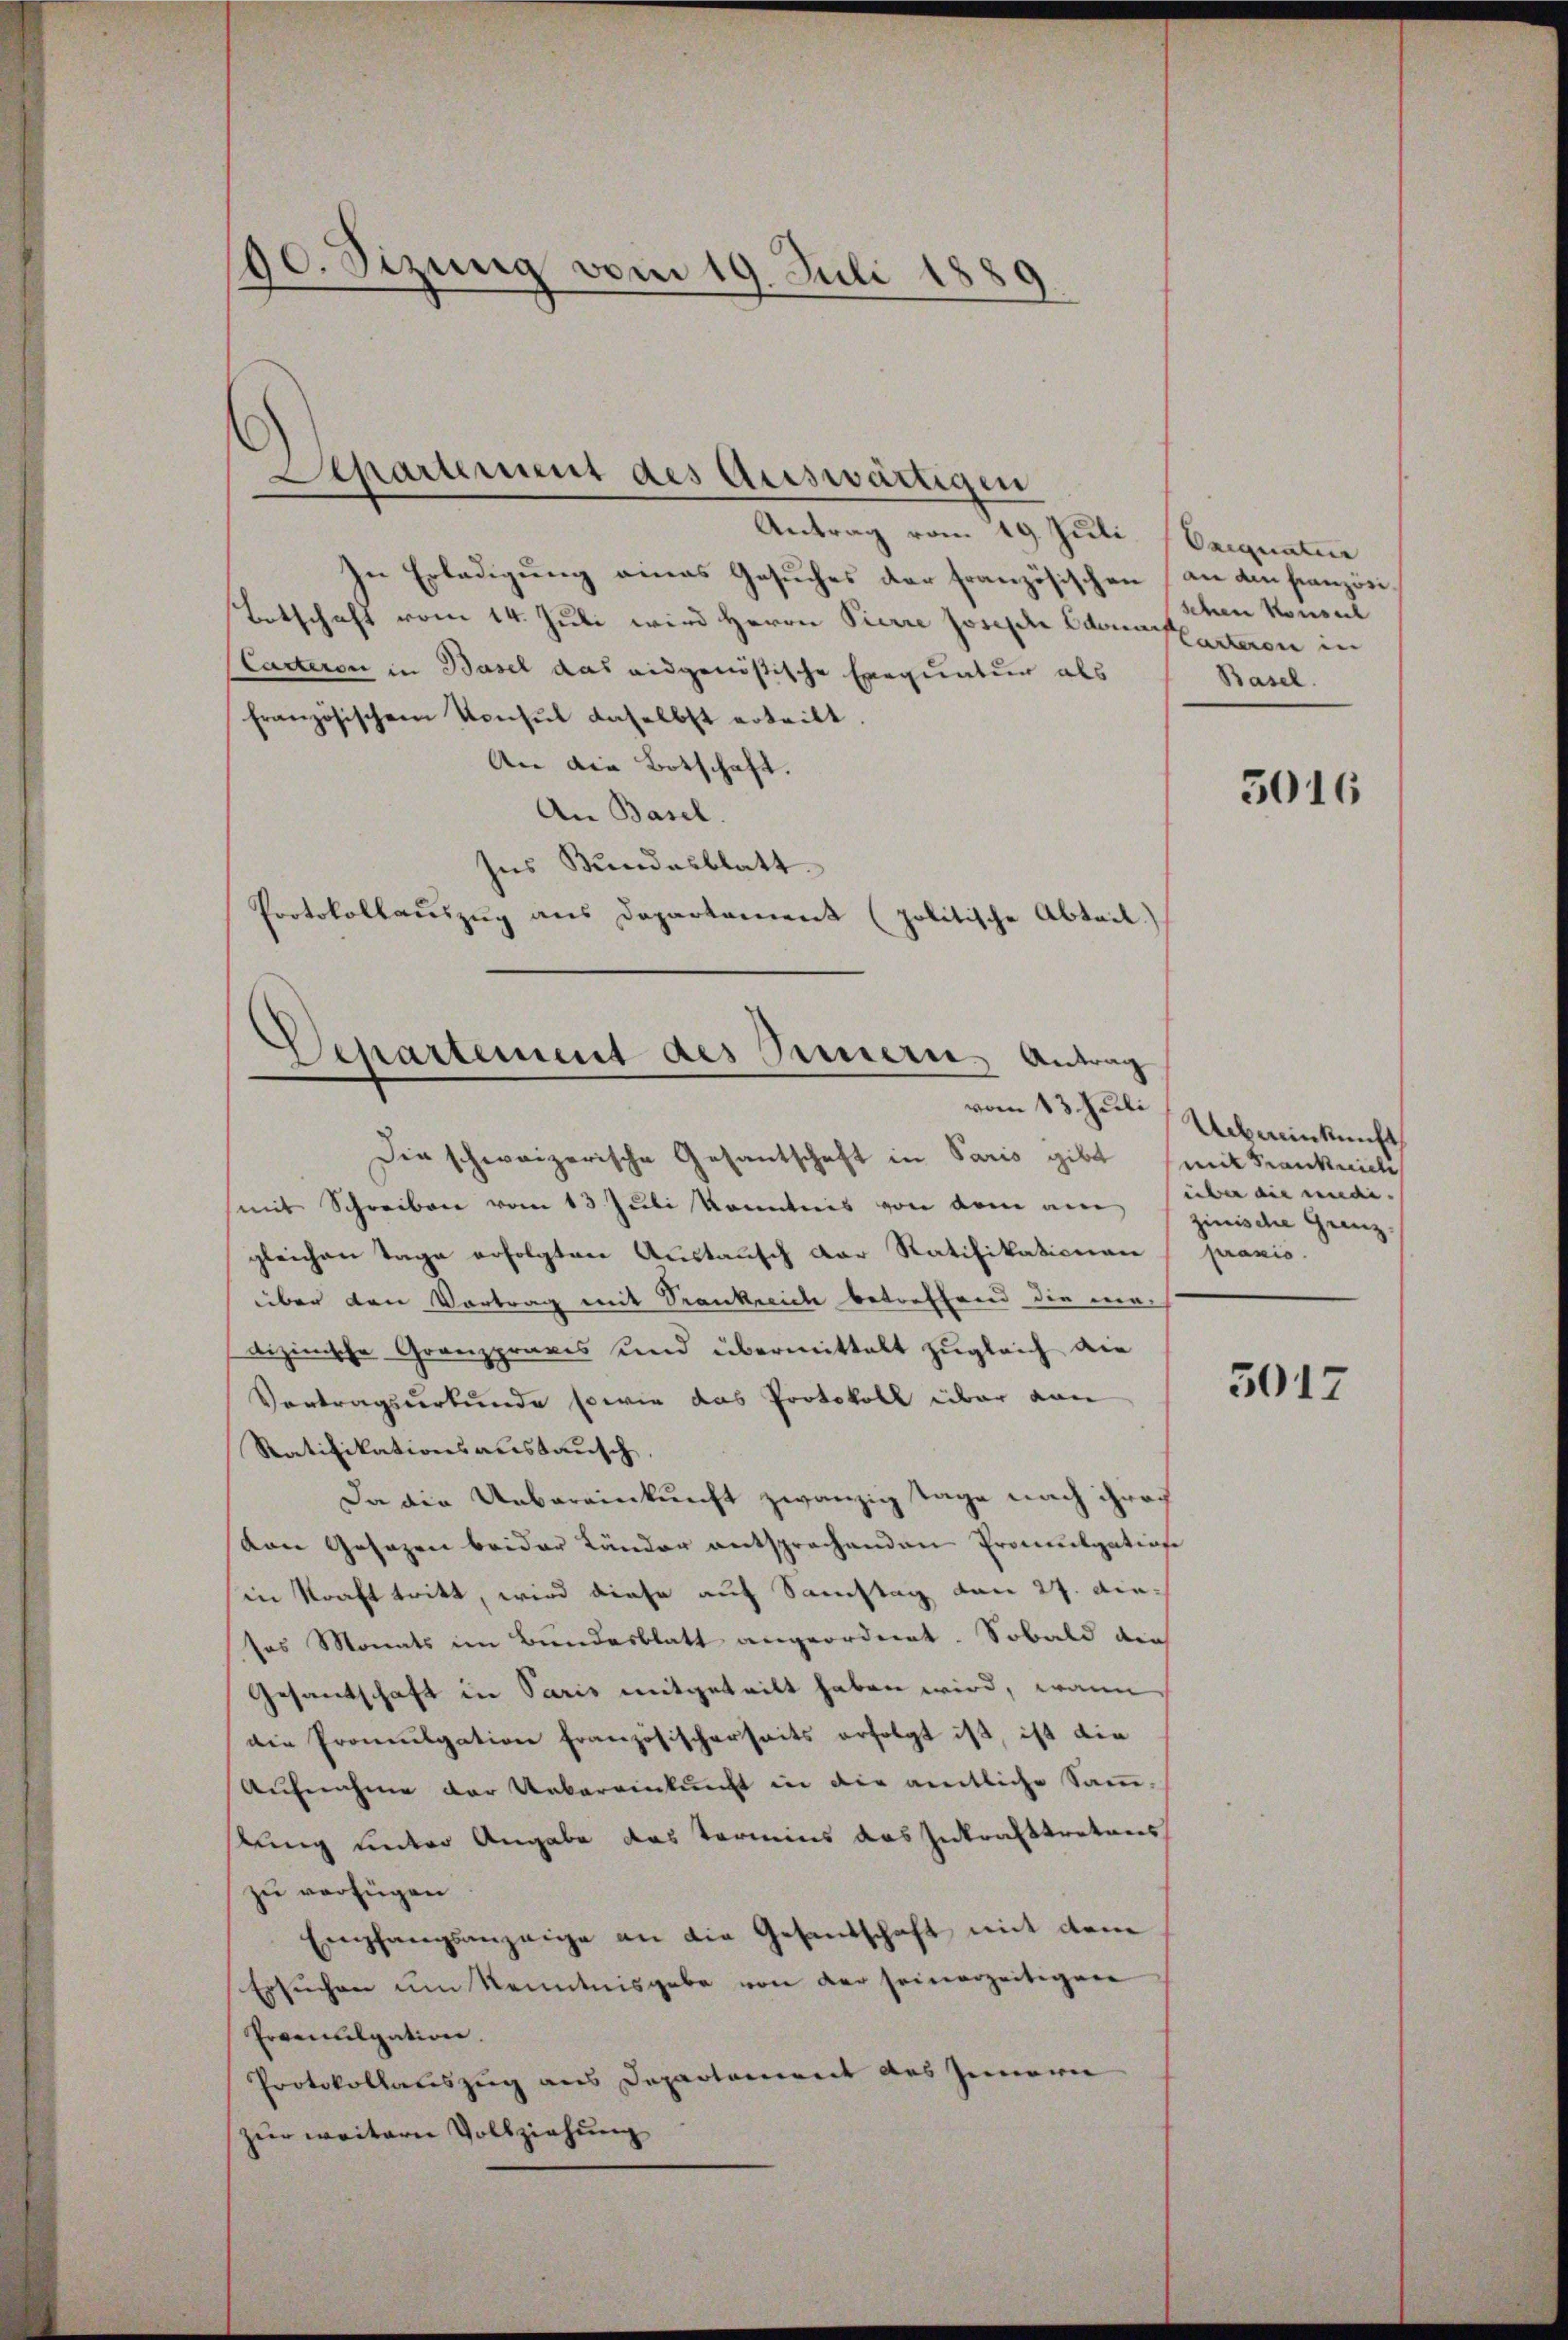
80. Sizung vom 19. Juli 1889

Antrag vom 19. Juli Exequatur
In Erledigung eines Gesuches der französischen an den französi
Botschaft vom 14. Juli wird Herrn Pierre Joseph Edouaslasteren in
Carteron in Basel das ausgenößische Exequatur als
französischem Konsul daselbst erteilt
An die Botschaft.
An Basel.
ses Bundesblatt.
Protokollauszug aus Departement (politische Abteil)

Departement des Auswärtigen

Departement des Innern, Antrag
vom 13. Juli

Die schweizerische Gesantschaft in Paris gibt (mit Frank nich
mit Schreiben vom 13 Juli Kenntnis von dem am über die medigleichen Tage erfolgten Austausch der Ratifikationen
über den Vortrag mit Seenkricte betreffend die ma-
dizinische Granzpraxis und übermittelt zugleich die
Vortragsurkunde sowie das Protokoll über von
Ratifikationsaustausch,
Da die Uebereinkunft zwanzig Tage nach ihroch
von Gesezen beider Länder entsprochenden Promulgatiose
in Kraft tritt, wird diese auf Samstag von 27. diesos Monats im Bundesblatt angeordnet. Sobald die
Gesandschaft in Paris mitgeteilt haben wird, wann
die Promulgation französischerseits erfolgt ist, ist die
Aufnahme der Uebereinkunft in die amtliche Samm-
sung unter Angabe das Termins das Inkrafttretens
zu verfügen
Empfangsanzeige an die Gesandschaft mit dem
Ersuchen um Kenntnisgabe von der seinerzeitigen
Prveculgation.
Protokollauszug aus Departement des Innern
zur weitern Vollziehung

schen Konseil
Basel.

3016

Urbankunft
zinische Grenz.
praxis.

3017